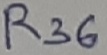
Text: R36